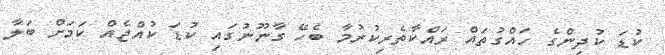
ކުޑަ ކުދިންގެ ހައްގުތައް ރައްކާތެރިކުރުމާ ބެހޭ ގާނޫނުގައި ކުޑަ ކުއްޖެއް ކަމަށް ބަލާ